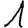
Digit: 1